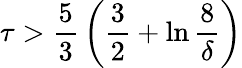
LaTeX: \tau>{\frac{5}{3}}\left({\frac{3}{2}}+\ln{\frac{8}{\delta}}\right)